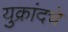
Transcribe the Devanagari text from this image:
युक्रांदचे